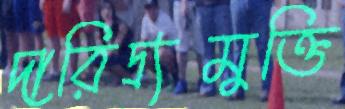
দারিদ্র্যমুক্তি